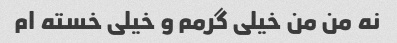
نه من من خیلی گرمم و خیلی خسته ام